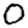
Digit: 0